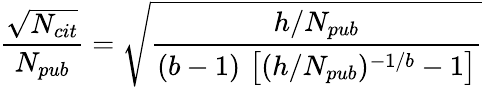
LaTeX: \frac{\sqrt{N_{cit}}}{N_{pub}}=\sqrt{\frac{h/N_{pub}}{(b-1)\, \left[(h/N_{pub})^{-1/b}-1\right]}}